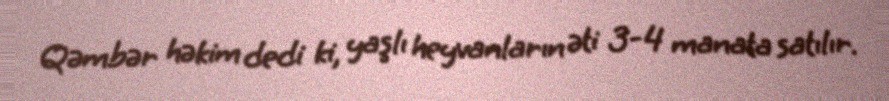
Qəmbər həkim dedi ki, yaşlı heyvanların əti 3-4 manata satılır.